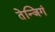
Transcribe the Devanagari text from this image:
तेन्जिगं